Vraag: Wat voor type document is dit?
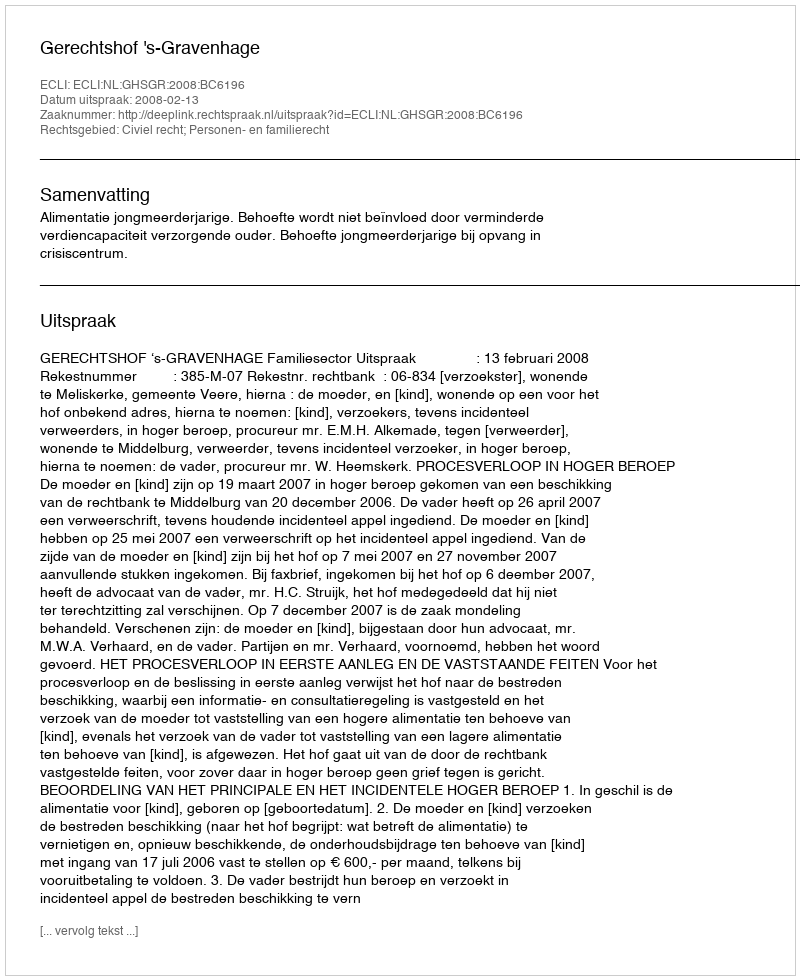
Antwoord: Uitspraak